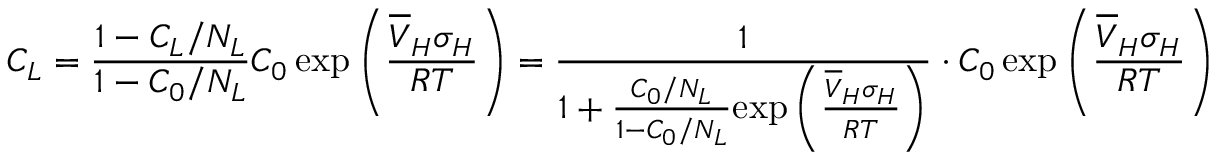
C _ { L } = \frac { 1 - C _ { L } / N _ { L } } { 1 - C _ { 0 } / N _ { L } } C _ { 0 } \, \mathrm { e x p } \left( \frac { \overline { { V } } _ { H } \sigma _ { H } } { R T } \right) = \frac { 1 } { 1 + \frac { C _ { 0 } / N _ { L } } { 1 - C _ { 0 } / N _ { L } } \mathrm { e x p } \left( \frac { \overline { { V } } _ { H } \sigma _ { H } } { R T } \right) } \cdot C _ { 0 } \, \mathrm { e x p } \left( \frac { \overline { { V } } _ { H } \sigma _ { H } } { R T } \right)